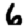
Digit: 6